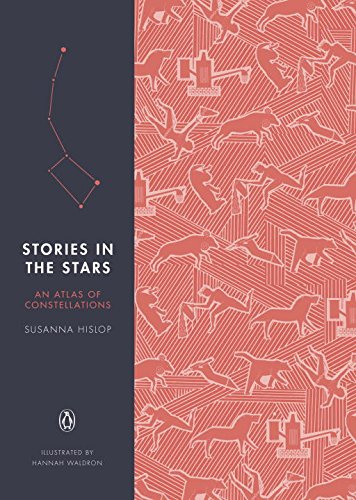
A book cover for Stories in the Stars: An Atlas of Constellations; Susanna Hislop; Science & Math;